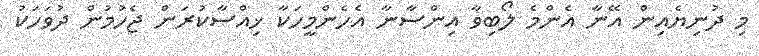
މި ދުނިޔެއިން އޭނާ އެންމެ ލޯބިވާ އިންސާނާ އެހެންމީހަކާ ޚިއްޞާކުރަން ޖެހުމުން ދުވަހަކު